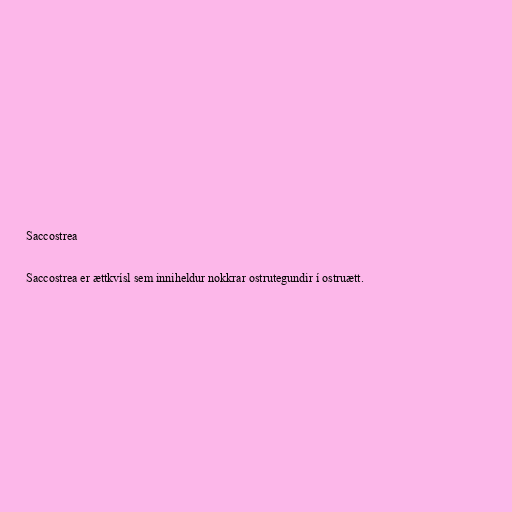
Saccostrea

Saccostrea er ættkvísl sem inniheldur nokkrar ostrutegundir í ostruætt.